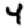
Digit: 4